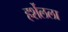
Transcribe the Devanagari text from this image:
हर्शेलला